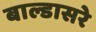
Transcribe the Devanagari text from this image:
बाल्डासरे